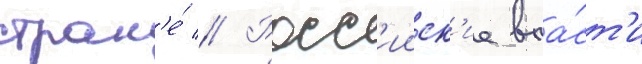
стран'е́ // Росс'ииск'ие вла́ст'и